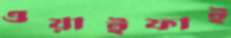
ওয়াইফাই